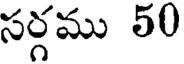
సర్గము 50